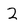
Character: 2